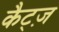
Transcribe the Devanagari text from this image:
कैट्ज़